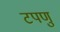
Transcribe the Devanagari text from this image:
टपणु